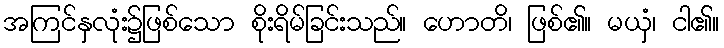
အကြင်နှလုံး၌ဖြစ်သော စိုးရိမ်ခြင်းသည်။ ဟောတိ၊ ဖြစ်၏။ မယှံ၊ ငါ၏။